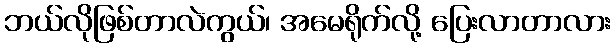
ဘယ်လိုဖြစ်တာလဲကွယ်၊ အမေရိုက်လို့ ပြေးလာတာလား